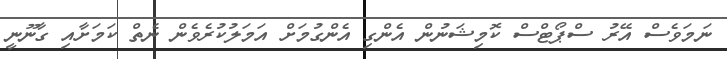
ނަމަވެސް އޭރު ސްޕޯޓްސް ކޮމިޝަނުން އެންގި އެންގުމަށް އަމަލުކުރެވެން ނެތް ކަމަށާއި ގާނޫނީ